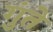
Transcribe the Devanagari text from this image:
गुंते